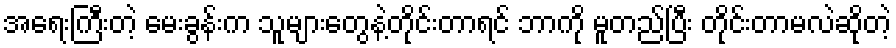
အရေးကြီးတဲ့ မေးခွန်းက သူများတွေနဲ့တိုင်းတာရင် ဘာကို မူတည်ပြီး တိုင်းတာမလဲဆိုတဲ့